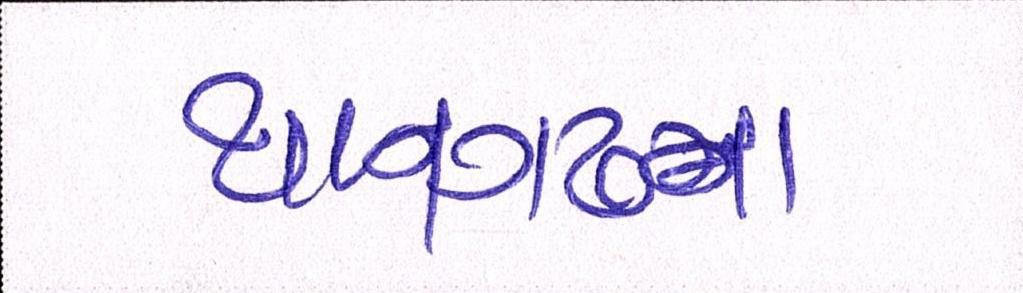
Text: થાનગઢના